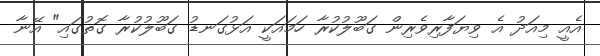
އެއީ މިއަދު އެ ވިޔަފާރިވެެރިން ގަބޫލުކުރާ ހަމައަކީ އަޅުގަނޑު ގަބޫލުކުރާ ގޮތުގައި" އޭނާ